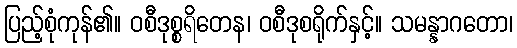
ပြည့်စုံကုန်၏။ ဝစီဒုစ္စရိတေန၊ ဝစီဒုစရိုက်နှင့်။ သမန္နာဂတော၊